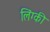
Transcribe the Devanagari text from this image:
लिंग्‍की